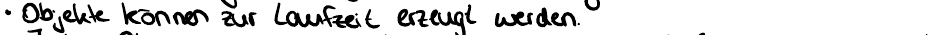
Objekte können zur Laufzeit erzeugt werden.